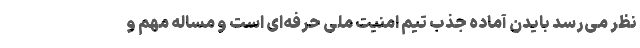
نظر می‌رسد بایدن آماده جذب تیم امنیت ملی حرفه‌ای است و مساله مهم و